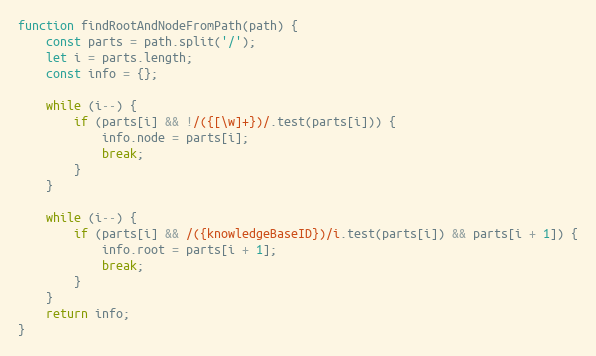
Language: JavaScript
function findRootAndNodeFromPath(path) {
    const parts = path.split('/');
    let i = parts.length;
    const info = {};

    while (i--) {
        if (parts[i] && !/({[\w]+})/.test(parts[i])) {
            info.node = parts[i];
            break;
        }
    }

    while (i--) {
        if (parts[i] && /({knowledgeBaseID})/i.test(parts[i]) && parts[i + 1]) {
            info.root = parts[i + 1];
            break;
        }
    }
    return info;
}